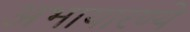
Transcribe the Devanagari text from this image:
अभायारण्ये